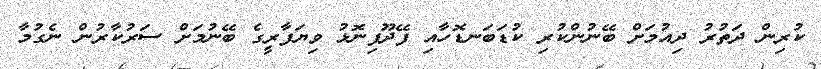
ކުރިން ދަތުރު ދިއުމަށް ބޭނުންކުރި ކުޑަބަނޑޮހާއި ފޭދޫފިނޮޅު ވިޔަފާރީގެ ބޭނުމަށް ސަރުކާރުން ނެގުމާ